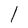
Character: 1